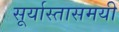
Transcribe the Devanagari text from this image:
सूर्यास्तासमयी